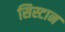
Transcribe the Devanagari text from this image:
सिस्टान